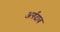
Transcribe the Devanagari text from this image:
अर्ग़ंदाब